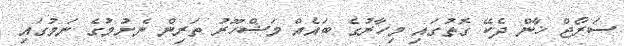
ސަރޯޖް ޚާން ދެކޭ ގޮތުގައި މިހާރުގެ ބައެއް މަޝްހޫރު ތަރިން ނެށުމުގެ ނަމުގައި